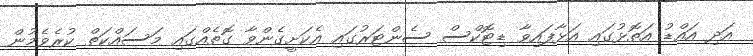
އަދި އައްޑު އަތޮޅުގައި އަޅާފައިވާ ޑިޓޮކްސް ސެންޓަރުގައި އެކަށީގެންވާ ގޮތެއްގައި މަސައްކަތް ކުރެވެމުން